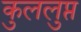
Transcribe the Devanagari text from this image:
कुललुप्त